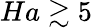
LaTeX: Ha\gtrsim 5